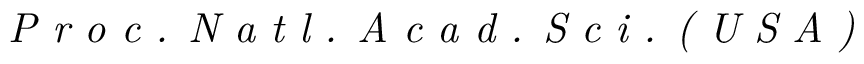
\textit { P r o c . N a t l . A c a d . S c i . ( U S A ) }